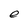
Character: e